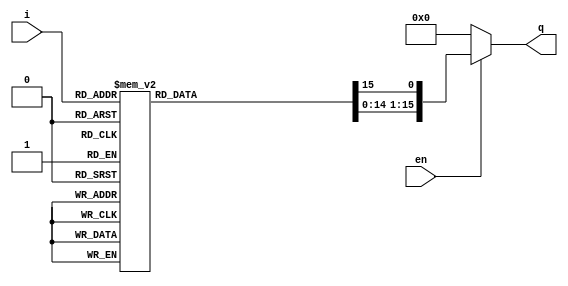
/*--  *******************************************************
--  Computer Architecture Course, Laboratory Sources 
--  Amirkabir University of Technology (Tehran Polytechnic)
--  Department of Computer Engineering (CE-AUT)
--  https://ce[dot]aut[dot]ac[dot]ir
--  *******************************************************
--  All Rights reserved (C) 2019-2020
--  *******************************************************
--  Student ID  : 9831068
--  Student Name: Farshid Nooshi
--  Student Mail: farshidnooshi726@aut.at.ir
--  *******************************************************
--  Student ID  : 9831066
--  Student Name: Mohammad Mahdi Nemati Haravani
--  Student Mail: adel110@aut.at.ir
--  *******************************************************
--  Additional Comments: lab number 8 Group 6
--
--*/

/*-----------------------------------------------------------
---  Module Name: Lighting System Utils
---  Description: Module4:
-----------------------------------------------------------*/
`timescale 1 ns/1 ns

/***********************************************************/
/************** Design Your Own Modules Below **************/

module decoder4x16 (

	input [3:0] i,
	input en,
	output [15:0] q
	
);

	reg [15:0] d;

	always @(i or en) begin
		d = 16'b0;
		if(en) begin
			case(i)
				4'b0000: d[0] = 1'b1; 
				4'b0001: d[1] = 1'b1; 
				4'b0010: d[2] = 1'b1; 
				4'b0011: d[3] = 1'b1; 
				4'b0100: d[4] = 1'b1; 
				4'b0101: d[5] = 1'b1; 
				4'b0110: d[6] = 1'b1; 
				4'b0111: d[7] = 1'b1; 
				4'b1000: d[8] = 1'b1; 
				4'b1001: d[9] = 1'b1; 
				4'b1010: d[10] = 1'b1; 
				4'b1011: d[11] = 1'b1; 
				4'b1100: d[12] = 1'b1; 
				4'b1101: d[13] = 1'b1; 
				4'b1110: d[14] = 1'b1; 
				4'b1111: d[15] = 1'b1; 
			endcase
		end
	end
	
	assign q = d;


endmodule
	
/************** Design Your Own Modules Above **************/
/***********************************************************/